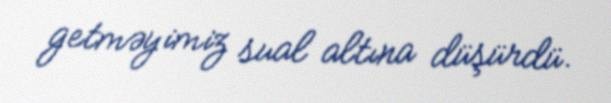
getməyimiz sual altına düşürdü.